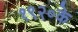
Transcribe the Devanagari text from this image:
१९२०के